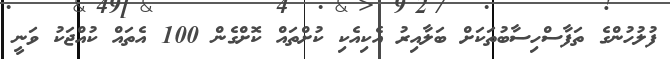
ފުލުހުންގެ ތަފާސްހިސާބުތަކަށް ބަލާއިރު އެކިއެކި ކުށްތައް ކޮށްގެން 100 އެތައް ކުއްޖަކު ވަނީ